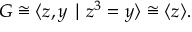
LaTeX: G \cong \langle z , y \mid z ^ { 3 } = y \rangle \cong \langle z \rangle .